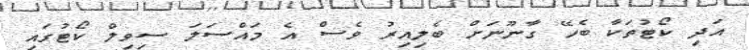
އަދި ކޯޓުތަކާ ބެހޭ ގާނޫނަށް ބެލިއިރު ވެސް އެ މައްސަލަ ސިވިލް ކޯޓުގައި